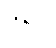
ဇရပ်